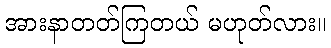
အားနာတတ်ကြတယ် မဟုတ်လား။